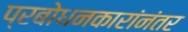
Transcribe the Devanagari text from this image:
प्रबोधनकारांनंतर